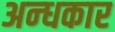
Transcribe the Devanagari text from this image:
अन्‍धकार